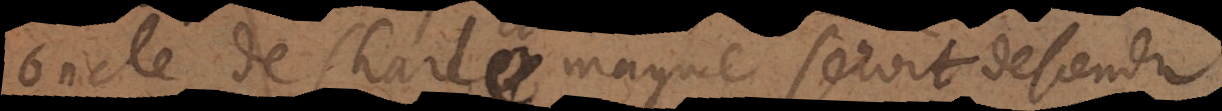
oncle de Charlemagne seroit descendu